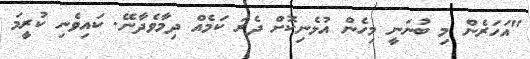
"އަހަރެން މި ބުނަނީ މިހެން އުޅެނިކޮށް ދެރަ ކަމެއް ދިމާވެދާނޭ. ކައިވެނި ކުރީމަ